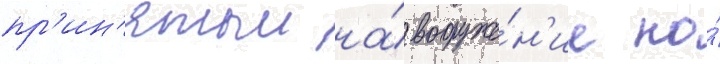
пр'ин'ятыи на́ вооруже́н'ие по́